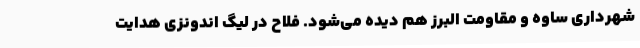
شهرداری ساوه و مقاومت البرز هم دیده می‌شود. فلاح در لیگ اندونزی هدایت